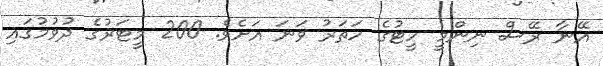
އޭނާ ރޭސް ނިންމީ ހީޓުގެ ހަތަރު ވަނަ އަށެވެ. 200 މީޓަރުގެ ދުވުމުގައި